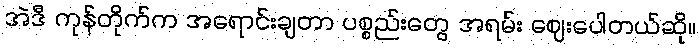
အဲဒီ ကုန်တိုက်က အရောင်းချတာ ပစ္စည်းတွေ အရမ်း ဈေးပေါတယ်ဆို။